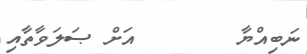
ނަބިއްޔާ        އަށް ޞަލަވާތާއި